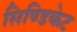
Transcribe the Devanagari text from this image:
सिण्डिकेट